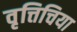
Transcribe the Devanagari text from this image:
वृत्तिचिया